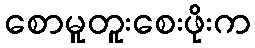
စောမူတူးစေးဖိုးက